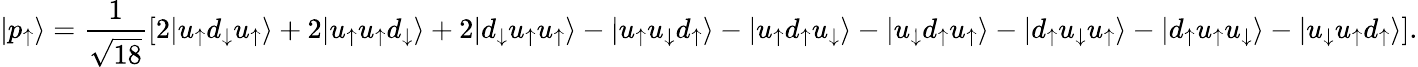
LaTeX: |p_{\uparrow}\rangle={\frac{1}{\sqrt{18}}}[2|u_{\uparrow}d_{\downarrow}u_{\uparrow}\rangle+2|u_{\uparrow}u_{\uparrow}d_{\downarrow}\rangle+2|d_{\downarrow}u_{\uparrow}u_{\uparrow}\rangle-|u_{\uparrow}u_{\downarrow}d_{\uparrow}\rangle-|u_{\uparrow}d_{\uparrow}u_{\downarrow}\rangle-|u_{\downarrow}d_{\uparrow}u_{\uparrow}\rangle-|d_{\uparrow}u_{\downarrow}u_{\uparrow}\rangle-|d_{\uparrow}u_{\uparrow}u_{\downarrow}\rangle-|u_{\downarrow}u_{\uparrow}d_{\uparrow}\rangle].